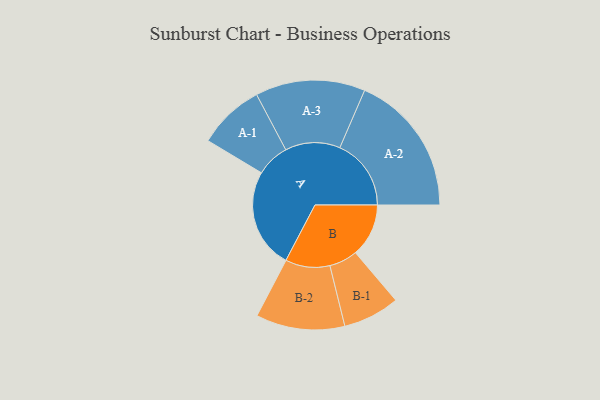
{"axis": {"x": "Segment", "y": "Value"}, "legend": ["", "A", "B"], "data": [{"x": "A", "y": 402, "type": ""}, {"x": "B", "y": 214, "type": ""}, {"x": "A-1", "y": 134, "type": "A"}, {"x": "A-2", "y": 287, "type": "A"}, {"x": "A-3", "y": 221, "type": "A"}, {"x": "B-1", "y": 114, "type": "B"}, {"x": "B-2", "y": 179, "type": "B"}]}